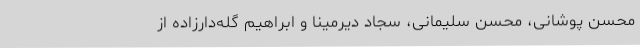
محسن پوشانی، محسن سلیمانی، سجاد دیرمینا و ابراهیم گله‌دارزاده از